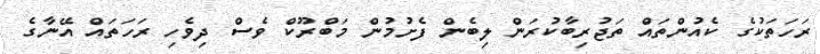
ރަހަތަކުގެ ކެއުންތައް ތަޖުރިބާކުރަން ލިބެން ފެށުމުން މަބްރޫކް ވެސް ދިވެހި ރަހަތައް އޭނާގެ